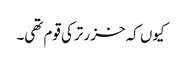
کیوں کہ خزر ترکی قوم تھی۔